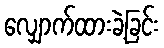
လျှောက်ထားခဲ့ခြင်း